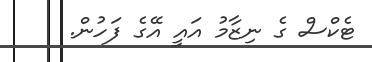
ޓެކްސް ގެ ނިޒާމު އައީ އޭގެ ފަހުން.